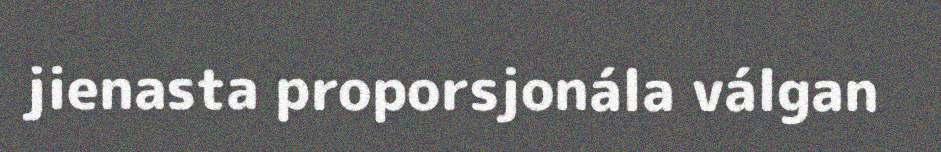
jienasta proporsjonála válgan